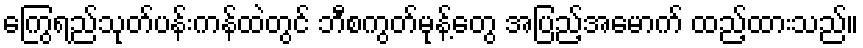
ကြွေရည်သုတ်ပန်းကန်ထဲတွင် ဘီစကွတ်မုန့်တွေ အပြည့်အမောက် ထည့်ထားသည်။